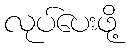
လုပ်ပေးဖို့